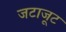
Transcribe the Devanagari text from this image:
जटाजूट